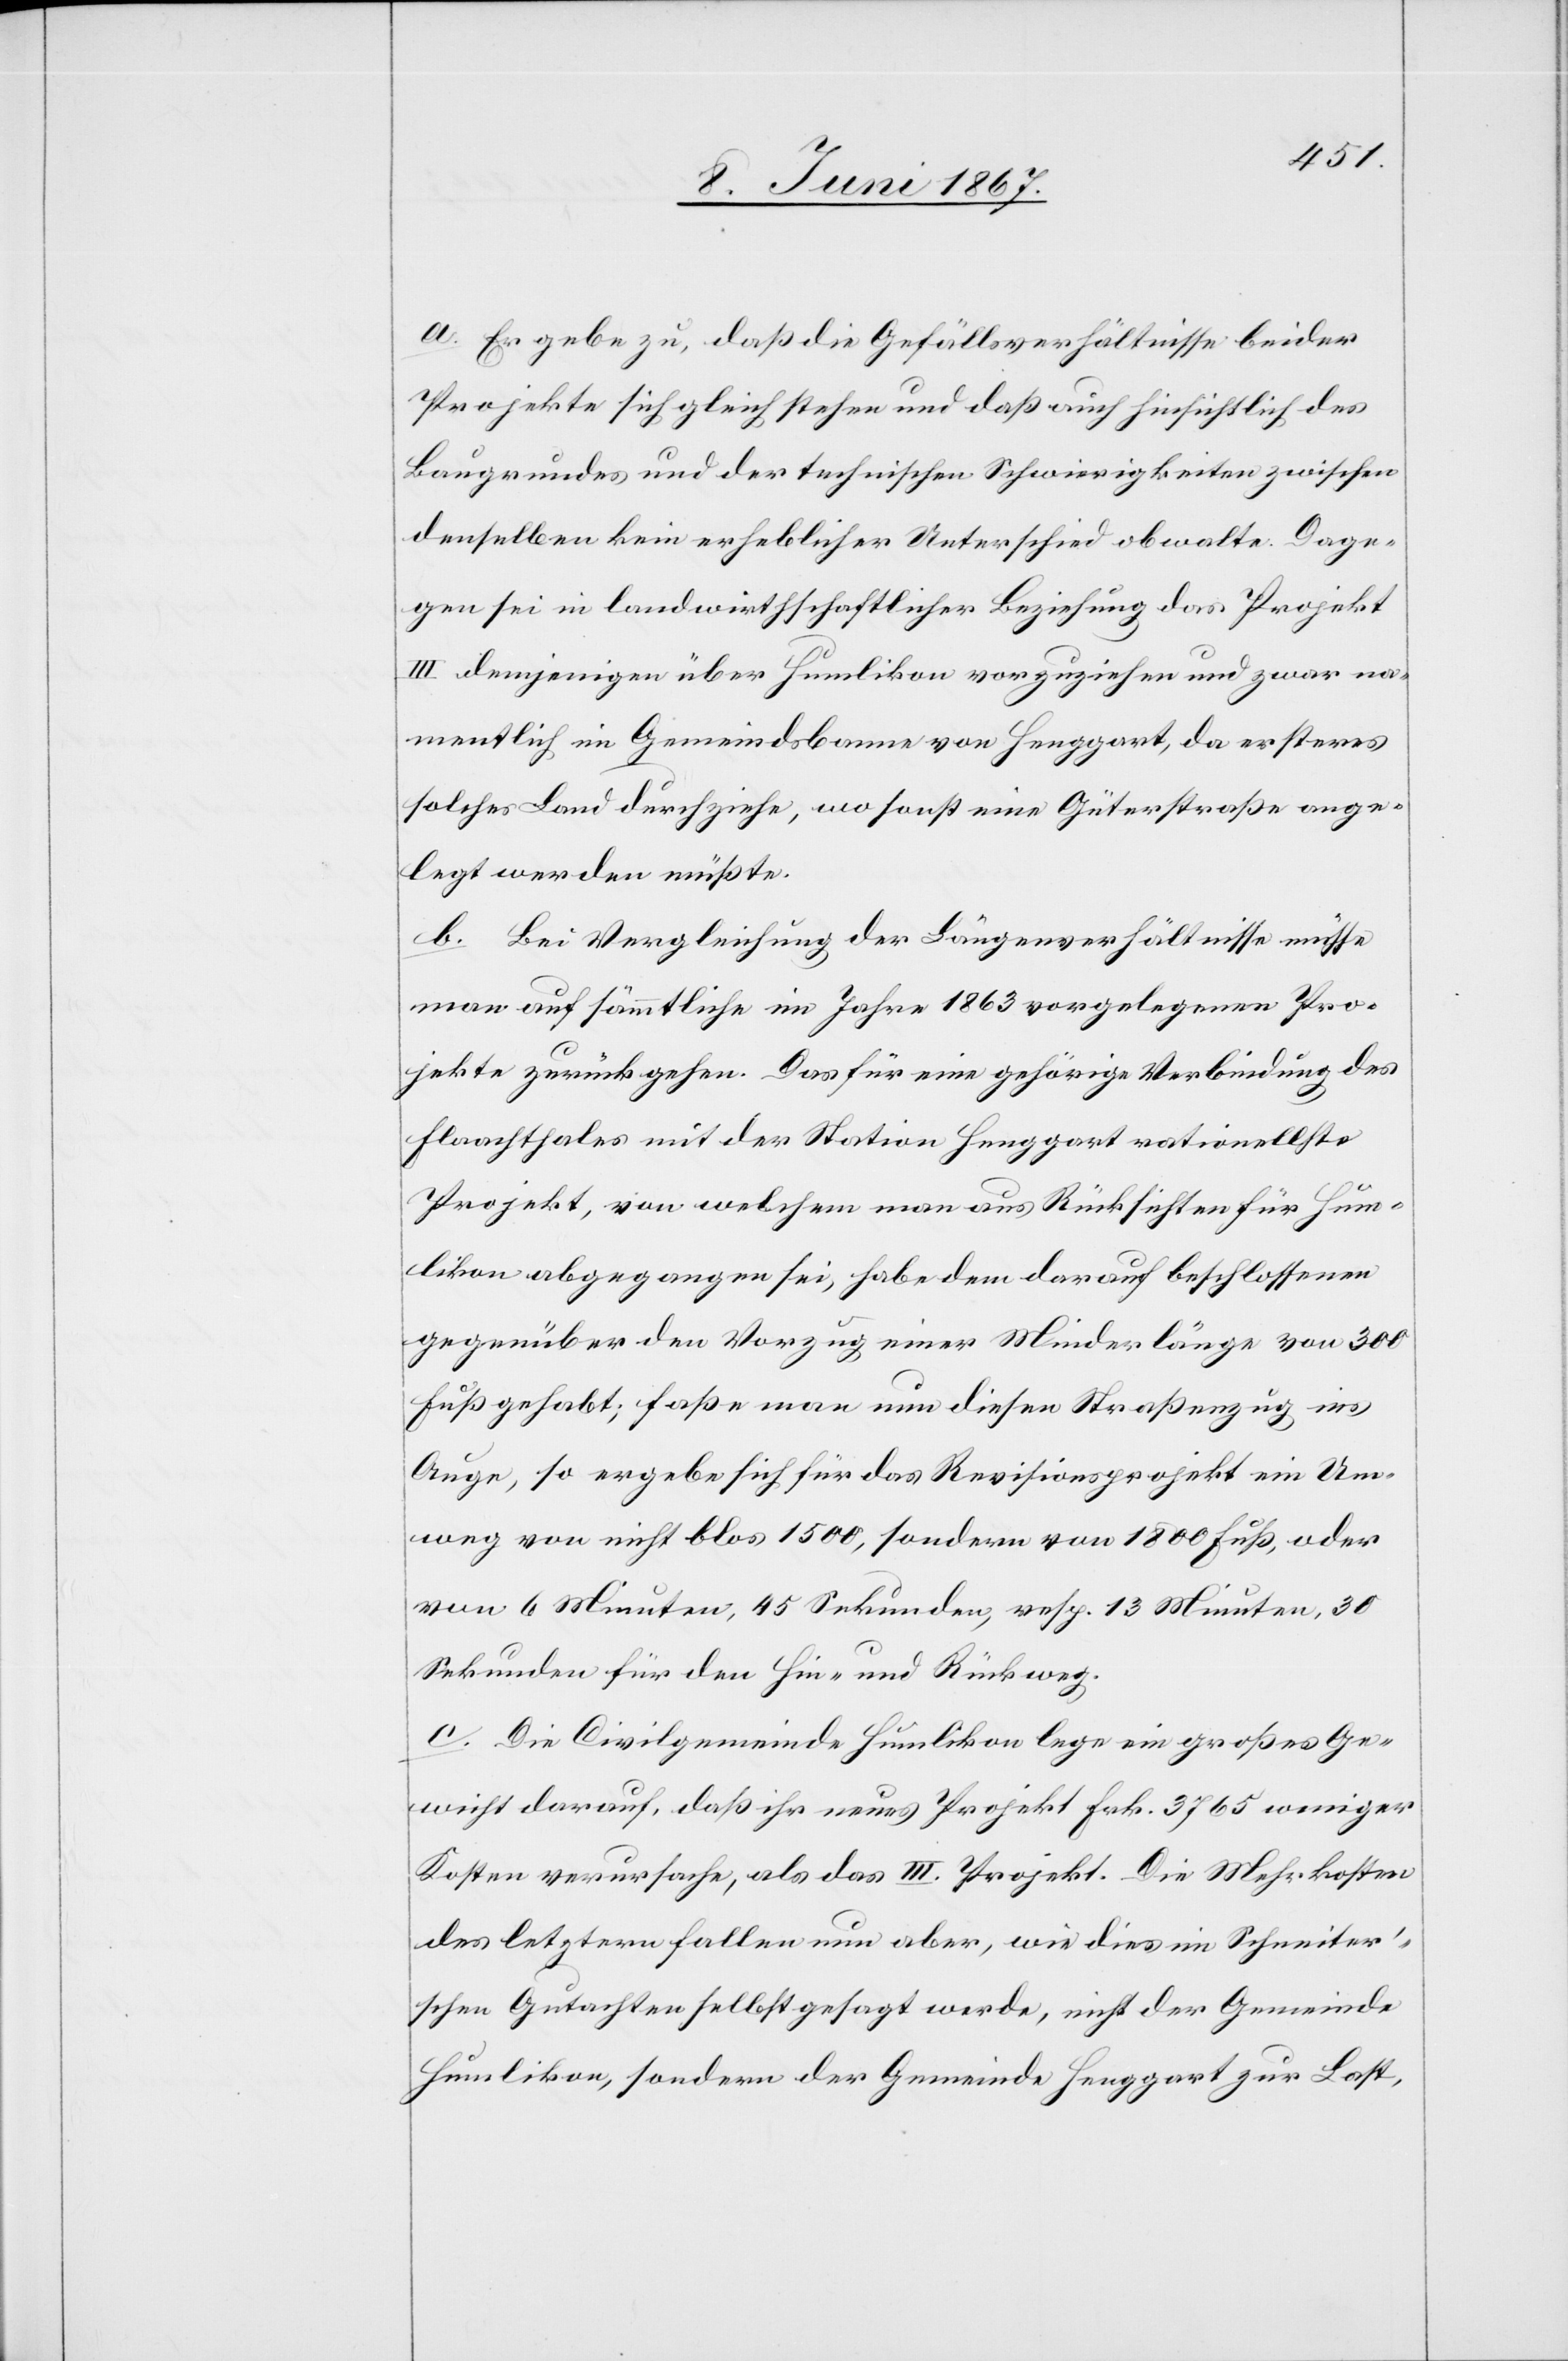
a. Er gebe zu, daß die Gefällsverhältnisse beider
Projekte sich gleich stehen und daß auch hinsichtlich des
Baugrundes und der technischen Schwierigkeiten zwischen
denselben kein erheblicher Unterschied obwalte. Dage¬
gen sei in landwirthschaftlicher Beziehung das Projekt
III. demjenigen über Humlikon vorzuziehen und zwar na¬
mentlich im Gemeindsbanne von Henggart, da ersteres
solches Land durchziehe, wo sonst eine Güterstraße ange¬
legt werden müßte.
b. Bei Vergleichung der Längenverhältnisse müsse
man auf sämmtliche im Jahre 1863 vorgelegenen Pro¬
jekte zurückgehen. Das für eine gehörige Verbindung des
Flaachthales mit der Station Henggart rationellste
Projekt, von welchem man aus Rücksichten für Hum¬
likon abgegangen sei, habe dem darauf beschlossenen
gegenüber den Vorzug einer Minderlänge von 300
Fuß gehabt; faße man nun diesen Straßenzug ins
Auge, so ergebe sich für das Revisionsprojekt ein Um¬
weg von nicht blos 1500, sondern von 1800 Fuß, oder
von 6 Minuten, 45 Sekunden, resp. 13 Minuten, 30
Sekunden für den Hin- und Rückweg.
c. Die Civilgemeinde Humlikon lege ein großes Ge¬
wicht darauf, daß ihr neues Projekt Frk. 3765 weniger
Kosten verursache, als das III. Projekt. Die Mehrkosten
des letztern fallen nun aber, wie dies im Schneite¬
r’schen Gutachten selbst gesagt werde, nicht der Gemeinde
Humlikon, sondern der Gemeinde Henggart zur Last,